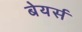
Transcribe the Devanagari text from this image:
बेयर्स